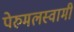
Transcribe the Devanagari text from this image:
पेरुमलस्वामी